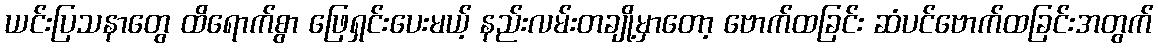
ယင်းပြသနာတွေ ထိရောက်စွာ ဖြေရှင်းပေးမယ့် နည်းလမ်းတချို့မှာတော့ ဗောက်ထခြင်း ဆံပင်ဗောက်ထခြင်းအတွက်